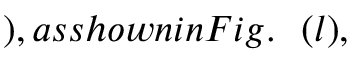
) , a s s h o w n i n F i g . ~ ~ ( l ) ,